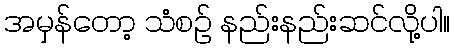
အမှန်တော့ သံစဉ် နည်းနည်းဆင်လို့ပါ။